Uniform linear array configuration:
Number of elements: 24
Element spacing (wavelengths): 0.75
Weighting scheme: exponential
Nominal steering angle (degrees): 0
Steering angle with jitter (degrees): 1.296
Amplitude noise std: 0.05
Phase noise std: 0.05

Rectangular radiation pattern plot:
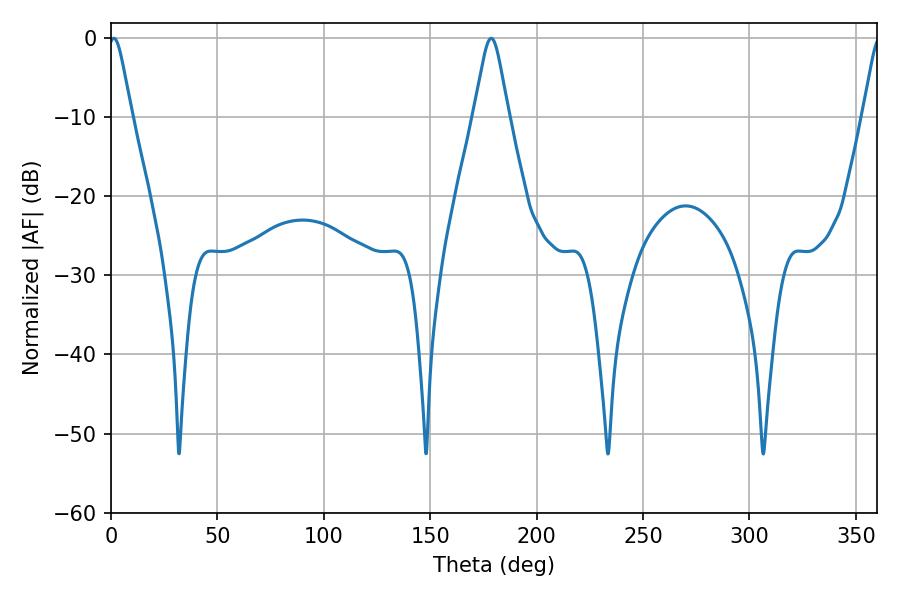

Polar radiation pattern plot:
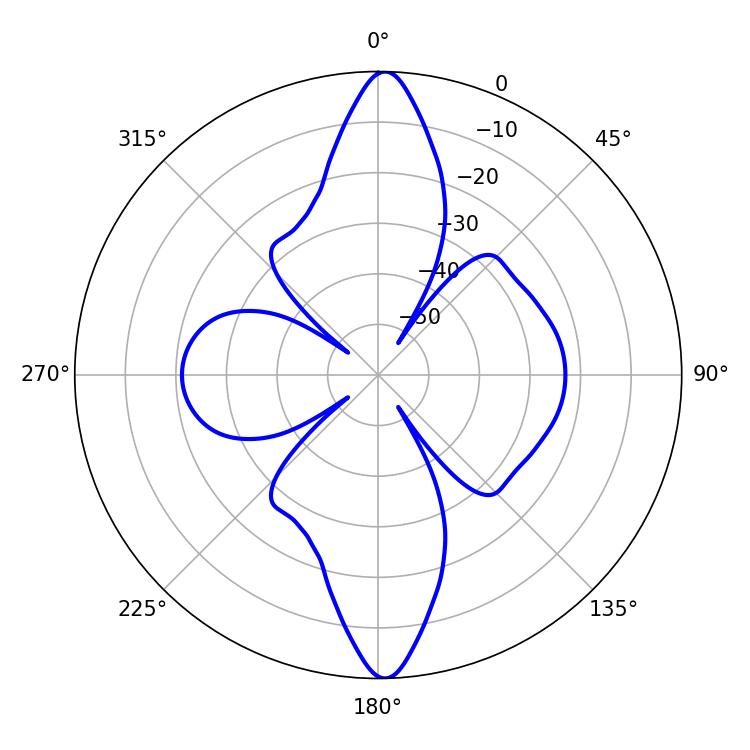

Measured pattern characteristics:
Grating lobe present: TRUE
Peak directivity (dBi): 23.927
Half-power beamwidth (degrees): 5.22
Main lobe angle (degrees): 1.26